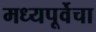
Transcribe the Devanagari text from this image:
मध्यपूर्वेचा